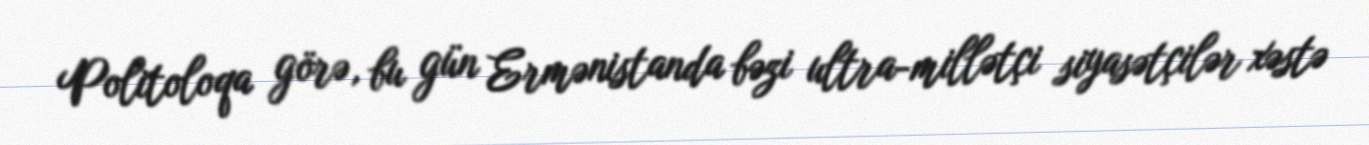
Politoloqa görə, bu gün Ermənistanda bəzi ultra-millətçi siyasətçilər xəstə